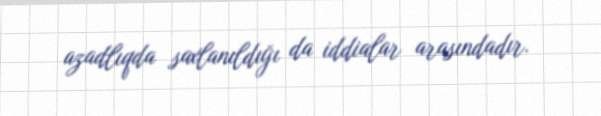
azadlıqda saxlanıldığı da iddialar arasındadır.